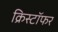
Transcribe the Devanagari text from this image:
क्रिस्टॉफर